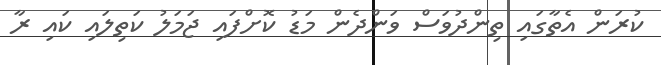
ކުރަން އެތާގައި ތިންދުވަސް ވަންދެން މަޑު ކޮށްފައި ޖަމަލު ކަތިލައި ކައި ރާ